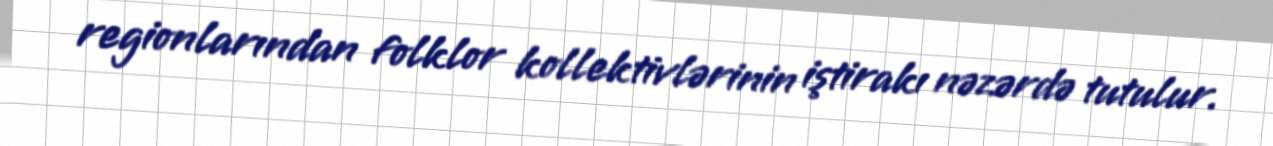
regionlarından folklor kollektivlərinin iştirakı nəzərdə tutulur.